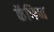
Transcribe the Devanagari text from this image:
कॅफिन